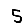
Digit: 5